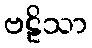
ဗဠိသာ